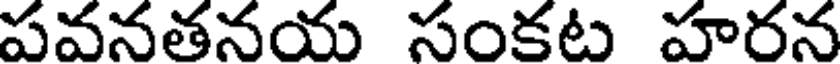
పవనతనయ సంకట హరన